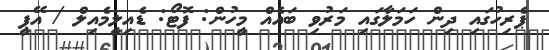
ޕެރިހުގައި ދިން ހަމަލާގައި މަރުވި ބައެއް މީހުން: ފޮޓޯ: ޑެއިލީމެއިލް / އޭޕީ